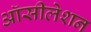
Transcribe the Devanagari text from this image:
ऑसीलेशन